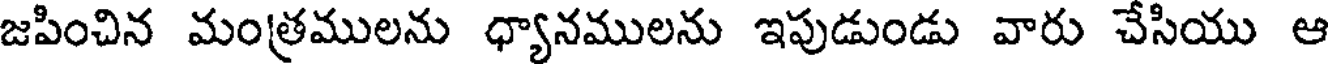
జపించిన మంత్రములను ధ్యానములను ఇపుడుండు వారు చేసియు ఆ